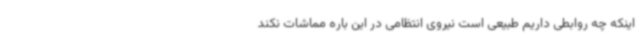
اینکه چه روابطی داریم طبیعی است نیروی انتظامی در این باره مماشات نکند